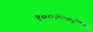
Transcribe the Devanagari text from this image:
१००२००२